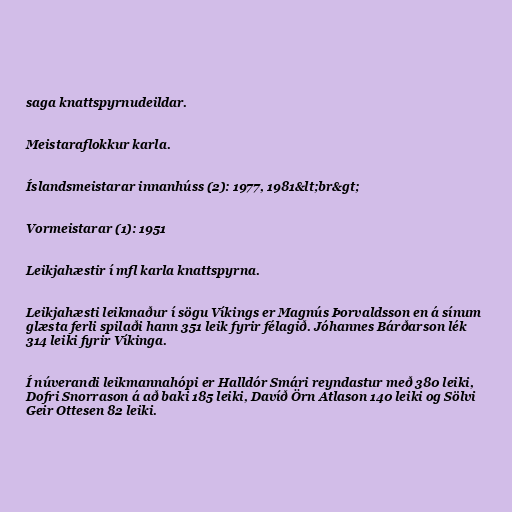
saga knattspyrnudeildar.

Meistaraflokkur karla.

Íslandsmeistarar innanhúss (2): 1977, 1981&lt;br&gt;

Vormeistarar (1): 1951

Leikjahæstir í mfl karla knattspyrna.

Leikjahæsti leikmaður í sögu Víkings er Magnús Þorvaldsson en á sínum
glæsta ferli spilaði hann 351 leik fyrir félagið. Jóhannes Bárðarson lék
314 leiki fyrir Víkinga.

Í núverandi leikmannahópi er Halldór Smári reyndastur með 380 leiki,
Dofri Snorrason á að baki 185 leiki, Davíð Örn Atlason 140 leiki og Sölvi
Geir Ottesen 82 leiki.